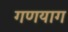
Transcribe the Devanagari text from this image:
गणयाग